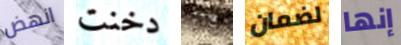
انهض دخنت رآه لضمان إنها